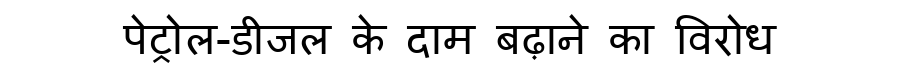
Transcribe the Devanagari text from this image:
पेट्रोल-डीजल के दाम बढ़ाने का विरोध